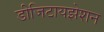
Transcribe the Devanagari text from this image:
डीजिटायझेशन